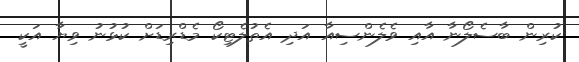
ކުރިން ބާސެލޯނާ އާއި ވެލެންސިއާ އަދި އެތުލެޓިކޯ މެޑްރިޑަށް ކުޅުނު ވިޔާ އަކީ